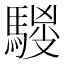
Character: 𱄦